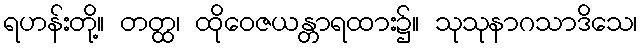
ရဟန်းတို့။ တတ္ထ၊ ထိုဝေဇယန္တာရထား၌။ သုသုနာဂသာဒိသေ၊